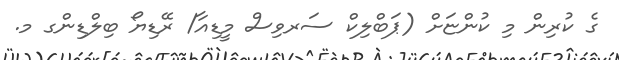
ގެ ކުރިން މި ކުންޏަށް (ޕަބްލިކް ސަރވިސް މީޑިއާ/ ރޭޑިޔޯ ބިލްޑިންގ މ.